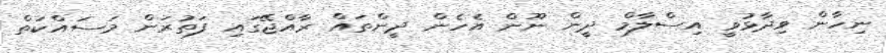
ނިހާން ވިދާޅުވީ އިސްލާމް ދީން ނޫން އެހެން ދީންތައް ރާއްޖޭގައި ފަތުރަން މަސައްކަތް